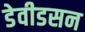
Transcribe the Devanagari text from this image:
डेवीडसन